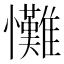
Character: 𢥪